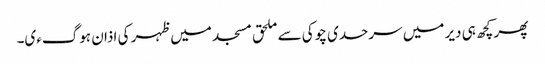
پھر کچھ ہی دیر میں سرحدی چوکی سے ملحق مسجد میں ظہر کی اذان ہوگءی۔